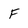
Character: F